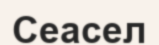
Сеасел